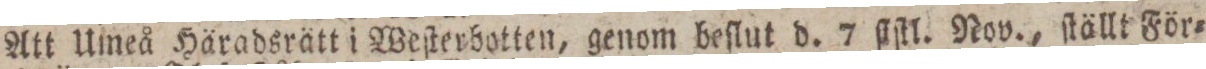
Att Uineå Häradsrätt i Weſterbotten, genom beſlut d. 7 ſiſtl. Nov., ſtällt För=